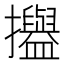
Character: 𢹳